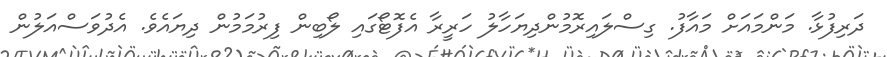
ދަރިފުޅާ. މަންމައަށް މައާާފު. ގިސްލައިރޮމުންދިޔަހާލު ހަރީރާ އެފޮޓޯގައި ލޯބިން ފިރުމަމުން ދިޔައެވެ. އެދުވަސްއަލުން